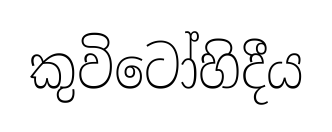
කුවිටෝහිදීය